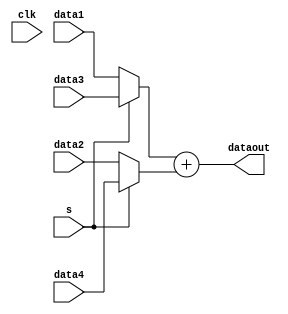
// SINGLE OPERATOR SHARING TEMPLATE MODULE
// Sharing with 2-to-1 MUXing
// No registers on inputs / outputs

module top
#(parameter WIDTH=32)
(
  input [WIDTH-1:0] data1,
  input [WIDTH-1:0] data2,
  input [WIDTH-1:0] data3,
  input [WIDTH-1:0] data4,
  input clk,
  input s,
  output reg [WIDTH-1:0] dataout // WIDTH*2 for multiply
);
  reg [WIDTH-1:0] w1;
  reg [WIDTH-1:0] w2;

  always @ (*)
  begin
    dataout <= w1 + w2; // select operation here
  end

  always @ (*)
  begin
    if (s==0)
    begin
      w1 <= data1;
      w2 <= data2;
    end
    else 
    begin
      w1 <= data3;
      w2 <= data4;
    end
  end
endmodule